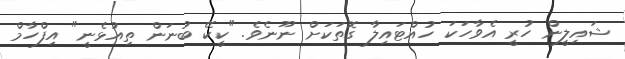
ޝައިލީން ހުރީ އެވާހަކަ ހުއްޓައިލާ ގޮތަކަށް ނޫނެވެ. "ކީކޭ ބުނަން ތިއުޅެނީ" އިފްހާމް